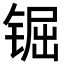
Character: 𨱊